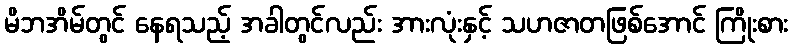
မိဘအိမ်တွင် နေရသည့် အခါတွင်လည်း အားလုံးနှင့် သဟဇာတဖြစ်အောင် ကြိုးစား